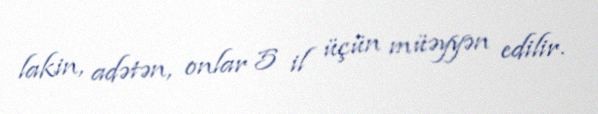
lakin, adətən, onlar 5 il üçün müəyyən edilir.